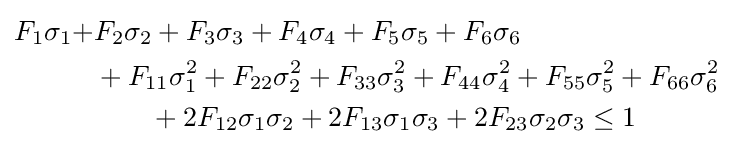
{\begin{aligned}F_{1}\sigma _{1}+&F_{2}\sigma _{2}+F_{3}\sigma _{3}+F_{4}\sigma _{4}+F_{5}\sigma _{5}+F_{6}\sigma _{6}\\&+F_{11}\sigma _{1}^{2}+F_{22}\sigma _{2}^{2}+F_{33}\sigma _{3}^{2}+F_{44}\sigma _{4}^{2}+F_{55}\sigma _{5}^{2}+F_{66}\sigma _{6}^{2}\\&\qquad +2F_{12}\sigma _{1}\sigma _{2}+2F_{13}\sigma _{1}\sigma _{3}+2F_{23}\sigma _{2}\sigma _{3}\leq 1\end{aligned}}